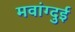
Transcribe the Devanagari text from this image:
मवांग्दुई